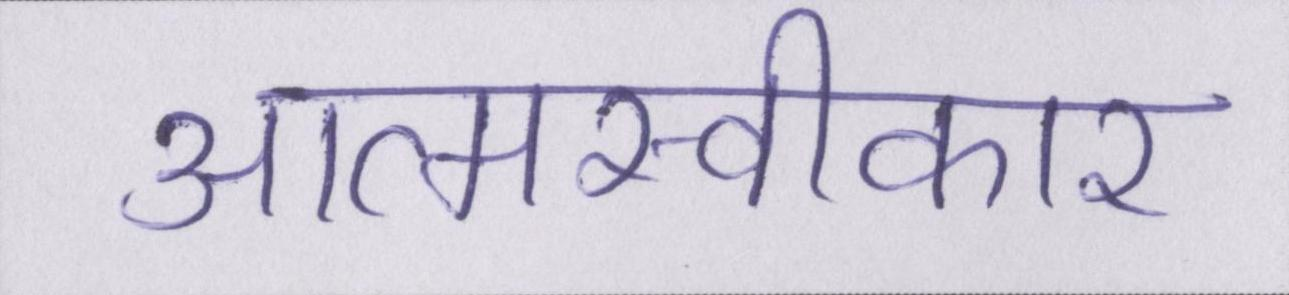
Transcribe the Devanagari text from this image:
आत्मस्वीकार